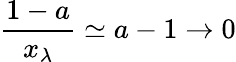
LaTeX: \frac{1-a}{x_{\lambda}}\simeq a-1\rightarrow 0